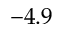
- 4 . 9